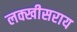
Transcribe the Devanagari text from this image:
लक्खीसराय